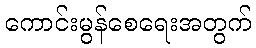
ကောင်းမွန်စေရေးအတွက်